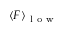
\langle F \rangle _ { \mathrm { ~ l ~ o ~ w ~ } }